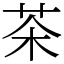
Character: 茶